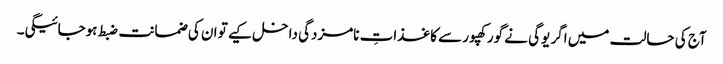
آج کی حالت میں اگر یوگی نے گورکھپور سے کاغذاتِ نامزدگی داخل کیے تو ان کی ضمانت ضبط ہوجائیگی۔